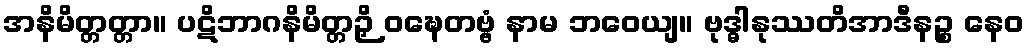
အနိမိတ္တတ္တာ။ ပဋိဘာဂနိမိတ္တဉှိ ဝဍ္ဎေတဗ္ဗံ နာမ ဘဝေယျ။ ဗုဒ္ဓါနုဿတိအာဒီနဉ္စ နေဝ